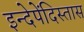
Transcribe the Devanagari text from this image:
इन्देपेंदिस्तास